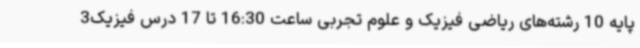
پایه 10 رشته‌های ریاضی فیزیک و علوم تجربی ساعت 16:30 تا 17 درس فیزیک3